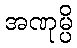
အဏုမ္ပိ